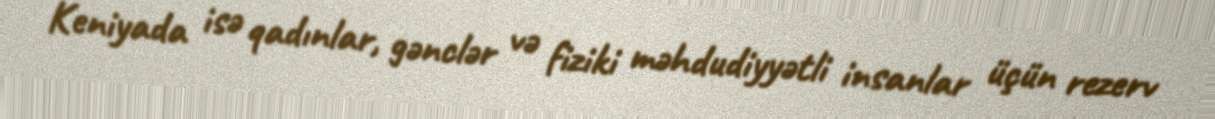
Keniyada isə qadınlar, gənclər və fiziki məhdudiyyətli insanlar üçün rezerv